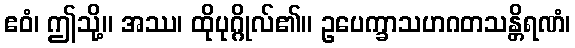
ဧဝံ၊ ဤသို့။ အဿ၊ ထိုပုဂ္ဂိုလ်၏။ ဥပေက္ခာသဟဂတသန္တိရဏံ၊